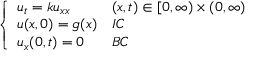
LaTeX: \left\{ \begin{array} { l l } { u _ { t } = k u _ { x x } } & { ( x , t ) \in [ 0 , \infty ) \times ( 0 , \infty ) } \\ { u ( x , 0 ) = g ( x ) } & { I C } \\ { u _ { x } ( 0 , t ) = 0 } & { B C } \end{array} \right.